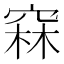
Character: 𥦝